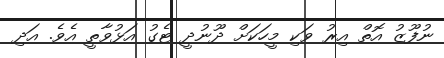
ނުފޫޒު އޮތް އިރު ވަކި މީހަކަށް ދޫނުދީ ޓެގު އަޅުވާތީ އެވެ. އަދި